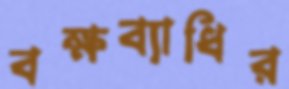
বক্ষব্যাধির